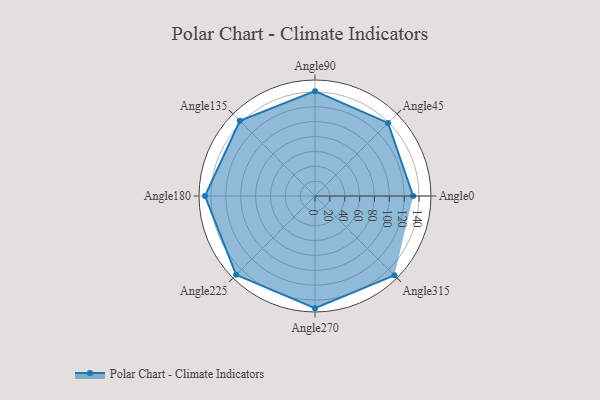
{"axis": {"x": "Angle", "y": "Radius"}, "legend": [""], "data": [{"x": "Angle0", "y": 132.0, "type": ""}, {"x": "Angle45", "y": 139.0, "type": ""}, {"x": "Angle90", "y": 141.0, "type": ""}, {"x": "Angle135", "y": 143.0, "type": ""}, {"x": "Angle180", "y": 148.0, "type": ""}, {"x": "Angle225", "y": 150.0, "type": ""}, {"x": "Angle270", "y": 151.0, "type": ""}, {"x": "Angle315", "y": 151.0, "type": ""}]}